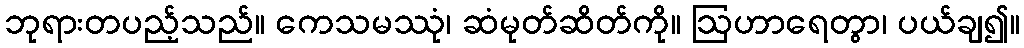
ဘုရားတပည့်သည်။ ကေသမဿုံ၊ ဆံမုတ်ဆိတ်ကို။ ဩဟာရေတွာ၊ ပယ်ချ၍။